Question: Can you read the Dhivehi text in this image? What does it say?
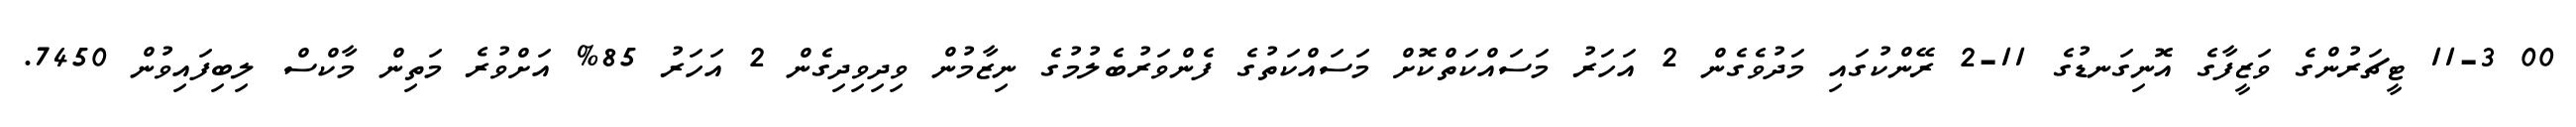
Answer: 00 11-3 ޓީޗަރުންގެ ވަޒީފާގެ އޮނިގަނޑުގެ 11-2 ރޭންކުގައި މަދުވެގެން 2 އަހަރު މަސައްކަތްކޮށް މަސައްކަތުގެ ފެންވަރުބެލުމުގެ ނިޒާމުން ވިދިވިދިގެން 2 އަހަރު 85% އަށްވުރެ މަތިން މާކްސް ލިބިފައިވުން 7450.